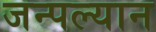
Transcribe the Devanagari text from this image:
जन्पल्यान